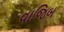
વાજિબ